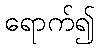
ရောက်၍